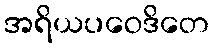
အရိယပဝေဒိတေ